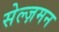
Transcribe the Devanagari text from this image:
सेल्ज़मन